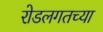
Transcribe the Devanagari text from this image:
रोडलगतच्या